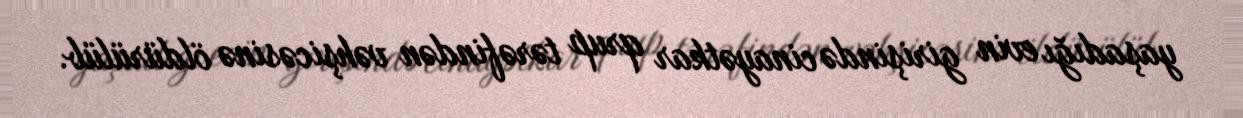
yaşadığı evin girişində cinayətkar qrup tərəfindən vəhşicəsinə öldürülüb.